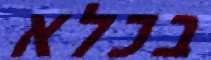
בכלא